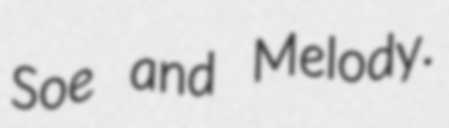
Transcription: Soe and Melody.